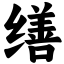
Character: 缮